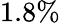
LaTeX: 1.8\%